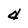
Character: d